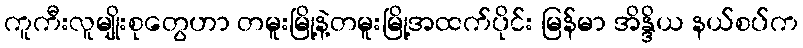
ကူကီးလူမျိုးစုတွေဟာ တမူးမြို့နဲ့တမူးမြို့အထက်ပိုင်း မြန်မာ အိန္ဒိယ နယ်စပ်က